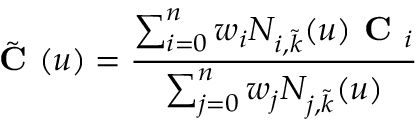
\tilde { \textbf { C } } ( u ) = \frac { \sum _ { i = 0 } ^ { n } w _ { i } N _ { i , \tilde { k } } ( u ) \textbf { C } _ { i } } { \sum _ { j = 0 } ^ { n } w _ { j } N _ { j , \tilde { k } } ( u ) }